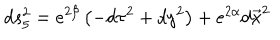
d s _ { 5 } ^ { 2 } = e ^ { 2 \beta } \left( - d \tau ^ { 2 } + d y ^ { 2 } \right) + e ^ { 2 \alpha } d \vec { x } ^ { 2 }